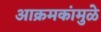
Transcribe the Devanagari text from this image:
आक्रमकांमुळे